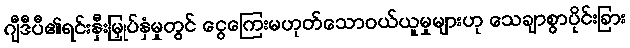
ဂျီဒီပီ၏ရင်းနှီးမြှုပ်နှံမှုတွင် ငွေကြေးမဟုတ်သောဝယ်ယူမှုများဟု သေချာစွာပိုင်းခြား